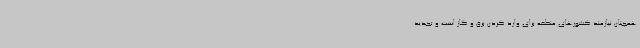
همچنان نیازمند کشورهای منطقه برای وارد کردن برق و گاز است و تجدید